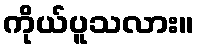
ကိုယ်ပူသလား။